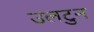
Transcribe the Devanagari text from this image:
उलटुन